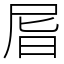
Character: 㞓